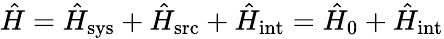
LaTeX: \hat{H}=\hat{H}_{\mathrm{sys}}+\hat{H}_{\mathrm{src}}+\hat{H}_{\mathrm{int}}=\hat{H}_{0}+\hat{H}_{\mathrm{int}}